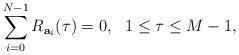
LaTeX: \begin{align*}\sum_{i=0}^{N-1} R_{\mathbf{a}_i}(\tau) = 0, ~~1\leq \tau\leq M-1,\end{align*}